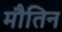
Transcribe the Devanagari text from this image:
मौतिन